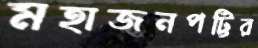
মহাজনপট্টির